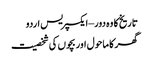
تاریخ کا وہ دور – ایکسپریس اردو
گھر کا ماحول اور بچوں کی شخصیت